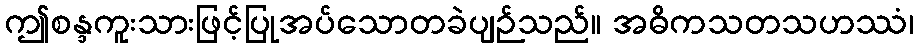
ဤစန္ဒကူးသားဖြင့်ပြုအပ်သောတခဲပျဉ်သည်။ အဓိကသတသဟဿံ၊